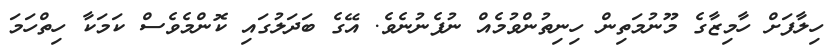
ހިލާފަށް ހާމިޒާގެ މޫނުމަތިން ހިނިތުންވުމެއް ނުފެނުނެވެ. އޭގެ ބަދަލުގައި ކޮންމެވެސް ކަމަކާ ހިތްހަމަ